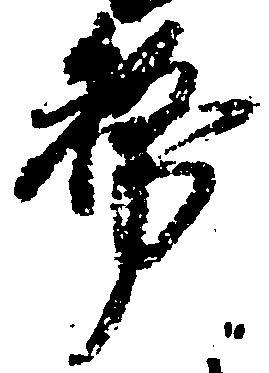
務